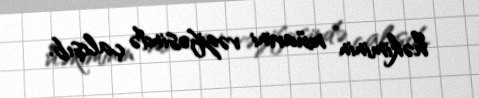
həkiminin müavini vəzifəsində çalışıb.